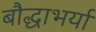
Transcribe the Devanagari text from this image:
बौद्धाभर्या